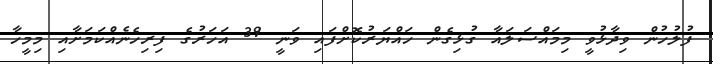
ފުލުހުން ވިދާޅުވީ މިމައްސަލައާ ގުޅިގެން ހައްޔަރުކޮށްފައި ވަނީ 39 އަހަރުގެ ފިރިހެނެއްކަމަށާއި މިމީހާ